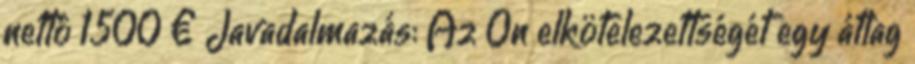
nettó 1500 € Javadalmazás: Az Ön elkötelezettségét egy átlag